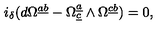
i _ { \delta } ( d \Omega ^ { \underline { { a } } \underline { { b } } } - \Omega _ { \underline { { c } } } ^ { \underline { { a } } } \wedge \Omega ^ { \underline { { c } } \underline { { b } } } ) = 0 ,